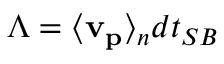
\Lambda = \langle \mathbf { v _ { p } } \rangle _ { n } d t _ { S B }